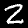
Digit: 2